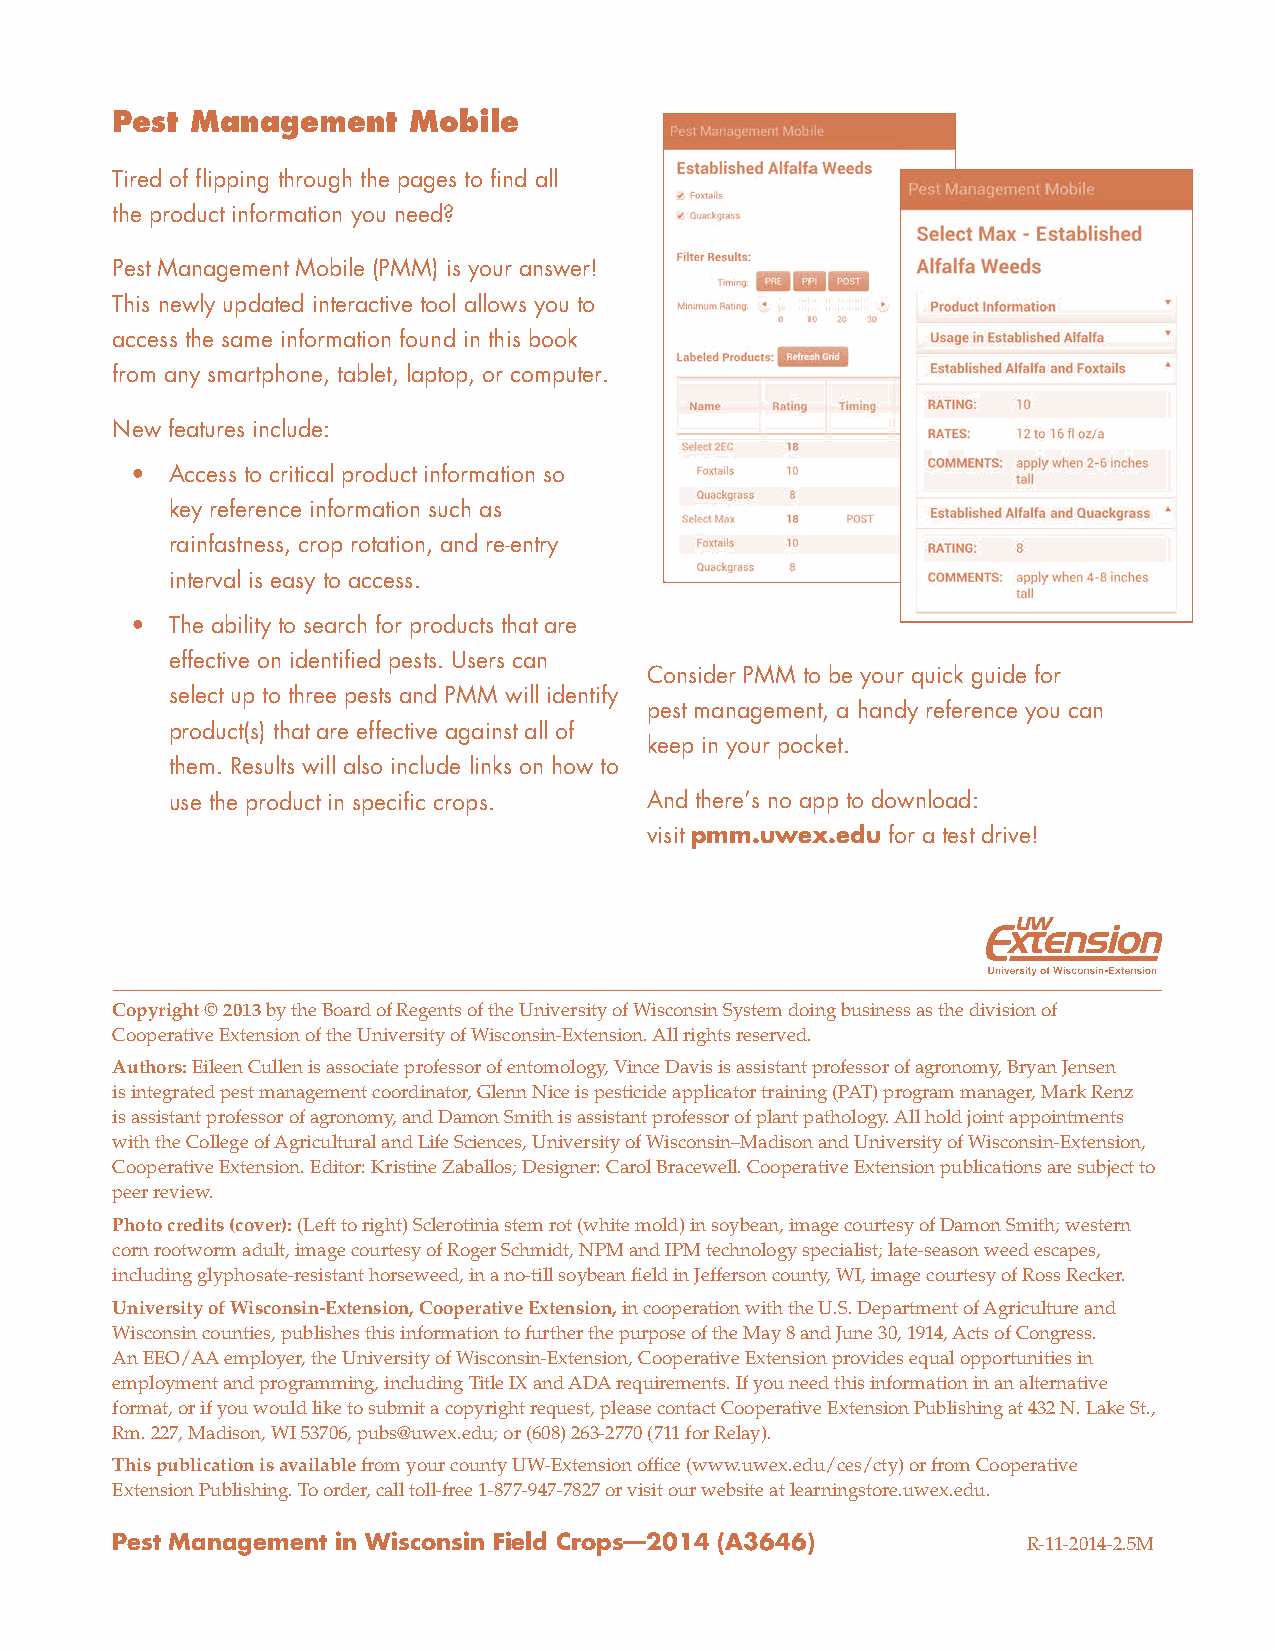
Pest  Management    Mobile
 Tired of flipping through the pages to find all
 the product information you need?
 Pest Management Mobile (PMM) is your answer!
 This newly updated interactive tool allows you to
 access the same information found in this book
 from any smartphone, tablet, laptop, or computer.
 New features include:
 • Access to critical product information so
 key reference information such as
 rainfastness, crop rotation, and re-entry
 interval is easy to access.
 • The ability to search for products that are
 effective on identified pests. Users can
 Consider PMM to be your quick guide for
 select up to three pests and PMM will identify
 pest management, a handy reference you can
 product(s) that are effective against all of
 keep in your pocket.
 them. Results will also include links on how to
 use the product in specific crops. And there’s no app to download:
 visit pmm.uwex.edu for a test drive!
 Copyright © 2013 by the Board of Regents of the University of Wisconsin System doing business as the division of
 Cooperative Extension of the University of Wisconsin-Extension. All rights reserved.
 Authors: Eileen Cullen is associate professor of entomology, Vince Davis is assistant professor of agronomy, Bryan Jensen
 is integrated pest management coordinator, Glenn Nice is pesticide applicator training (PAT) program manager, Mark Renz
 is assistant professor of agronomy, and Damon Smith is assistant professor of plant pathology. All hold joint appointments
 with the College of Agricultural and Life Sciences, University of Wisconsin–Madison and University of Wisconsin-Extension,
 Cooperative Extension. Editor: Kristine Zaballos; Designer: Carol Bracewell. Cooperative Extension publications are subject to
 peer review.
 Photo credits (cover): (Left to right) Sclerotinia stem rot (white mold) in soybean, image courtesy of Damon Smith; western
 corn rootworm adult, image courtesy of Roger Schmidt, NPM and IPM technology specialist; late-season weed escapes,
 including glyphosate-resistant horseweed, in a no-till soybean field in Jefferson county, WI, image courtesy of Ross Recker.
 University of Wisconsin-Extension, Cooperative Extension, in cooperation with the U.S. Department of Agriculture and
 Wisconsin counties, publishes this information to further the purpose of the May 8 and June 30, 1914, Acts of Congress.
 An EEO/AA employer, the University of Wisconsin-Extension, Cooperative Extension provides equal opportunities in
 employment and programming, including Title IX and ADA requirements. If you need this information in an alternative
 format, or if you would like to submit a copyright request, please contact Cooperative Extension Publishing at 432 N. Lake St.,
 Rm. 227, Madison, WI 53706, pubs@uwex.edu; or (608) 263-2770 (711 for Relay).
 This publication is available from your county UW-Extension office (www.uwex.edu/ces/cty) or from Cooperative
 Extension Publishing. To order, call toll-free 1-877-947-7827 or visit our website at learningstore.uwex.edu.
 Pest Management in Wisconsin Field Crops—2014 (A3646)        R-11-2014-2.5M